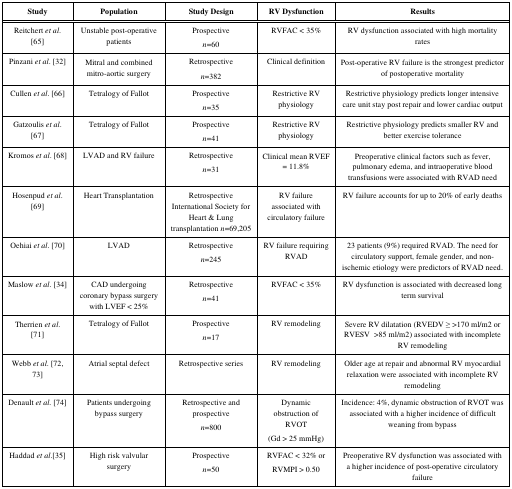
| Study | Population | Study Design | RV Dysfunction | Results |
 | --- | --- | --- | --- | --- |
 | Reitchert et al. [65] | Unstable post-operative patients | Prospective n=60 | RVFAC < 35% | RV dysfunction associated with high mortality rates |
 | Pinzani et al. [32] | Mitral and combined mitro-aortic surgery | Retrospectiven=382 | Clinical definition | Post-operative RV failure is the strongest predictor of postoperative mortality |
 | Cullen et al. [66] | Tetralogy of Fallot | Prospective n=35 | Restrictive RV physiology | Restrictive physiology predicts longer intensive care unit stay post repair and lower cardiac output |
 | Gatzoulis et al. [67] | Tetralogy of Fallot | Prospective n=41 | Restrictive RV physiology | Restrictive physiology predicts smaller RV and better exercise tolerance |
 | Kromos et al. [68] | LVAD and RV failure | Retrospective n=31 | Clinical mean RVEF = 11.8% | Preoperative clinical factors such as fever, pulmonary edema, and intraoperative blood transfusions were associated with RVAD need |
 | Hosenpud et al. [69] | Heart Transplantation | Retrospective International Society for Heart & Lung transplantation n=69,205 | RV failure associated with circulatory failure | RV failure accounts for up to 20% of early deaths |
 | Oehiai et al. [70] | LVAD | Retrospective n=245 | RV failure requiring RVAD | 23 patients (9%) required RVAD. The need for circulatory support, female gender, and non-ischemic etiology were predictors of RVAD need. |
 | Maslow et al. [34] | CAD undergoing coronary bypass surgery with LVEF < 25% | Retrospective n=41 | RVFAC < 35% | RV dysfunction is associated with decreased long term survival |
 | Therrien et al. [71] | Tetralogy of Fallot | Prospective n=17 | RV remodeling | Severe RV dilatation (RVEDV ≥>170 ml/m2 or RVESV >85 ml/m2) associated with incomplete RV remodeling |
 | Webb et al. [72, 73] | Atrial septal defect | Retrospective series | RV remodeling | Older age at repair and abnormal RV myocardial relaxation were associated with incomplete RV remodeling |
 | Denault et al. [74] | Patients undergoing bypass surgery | Retrospective and prospective n=800 | Dynamic obstruction of RVOT(Gd > 25 mmHg) | Incidence: 4%, dynamic obstruction of RVOT was associated with a higher incidence of difficult weaning from bypass |
 | Haddad et al.[35] | High risk valvular surgery | Prospective n=50 | RVFAC < 32% orRVMPI > 0.50 | Preoperative RV dysfunction was associated with a higher incidence of post-operative circulatory failure |